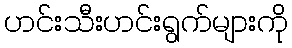
ဟင်းသီးဟင်းရွက်များကို